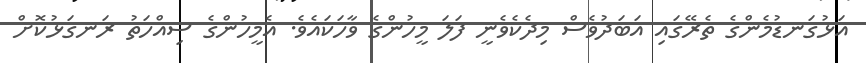
އަޅުގަނޑުމެންގެ ތެރޭގައި އަބަދުވެސް މިދެކެވެނީ ފަލަ މީހުންގެ ވާހަކައެވެ. އެމީހުންގެ ސިއްހަތު ރަނގަޅުކޮށް